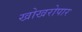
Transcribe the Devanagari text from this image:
खोखरोपार